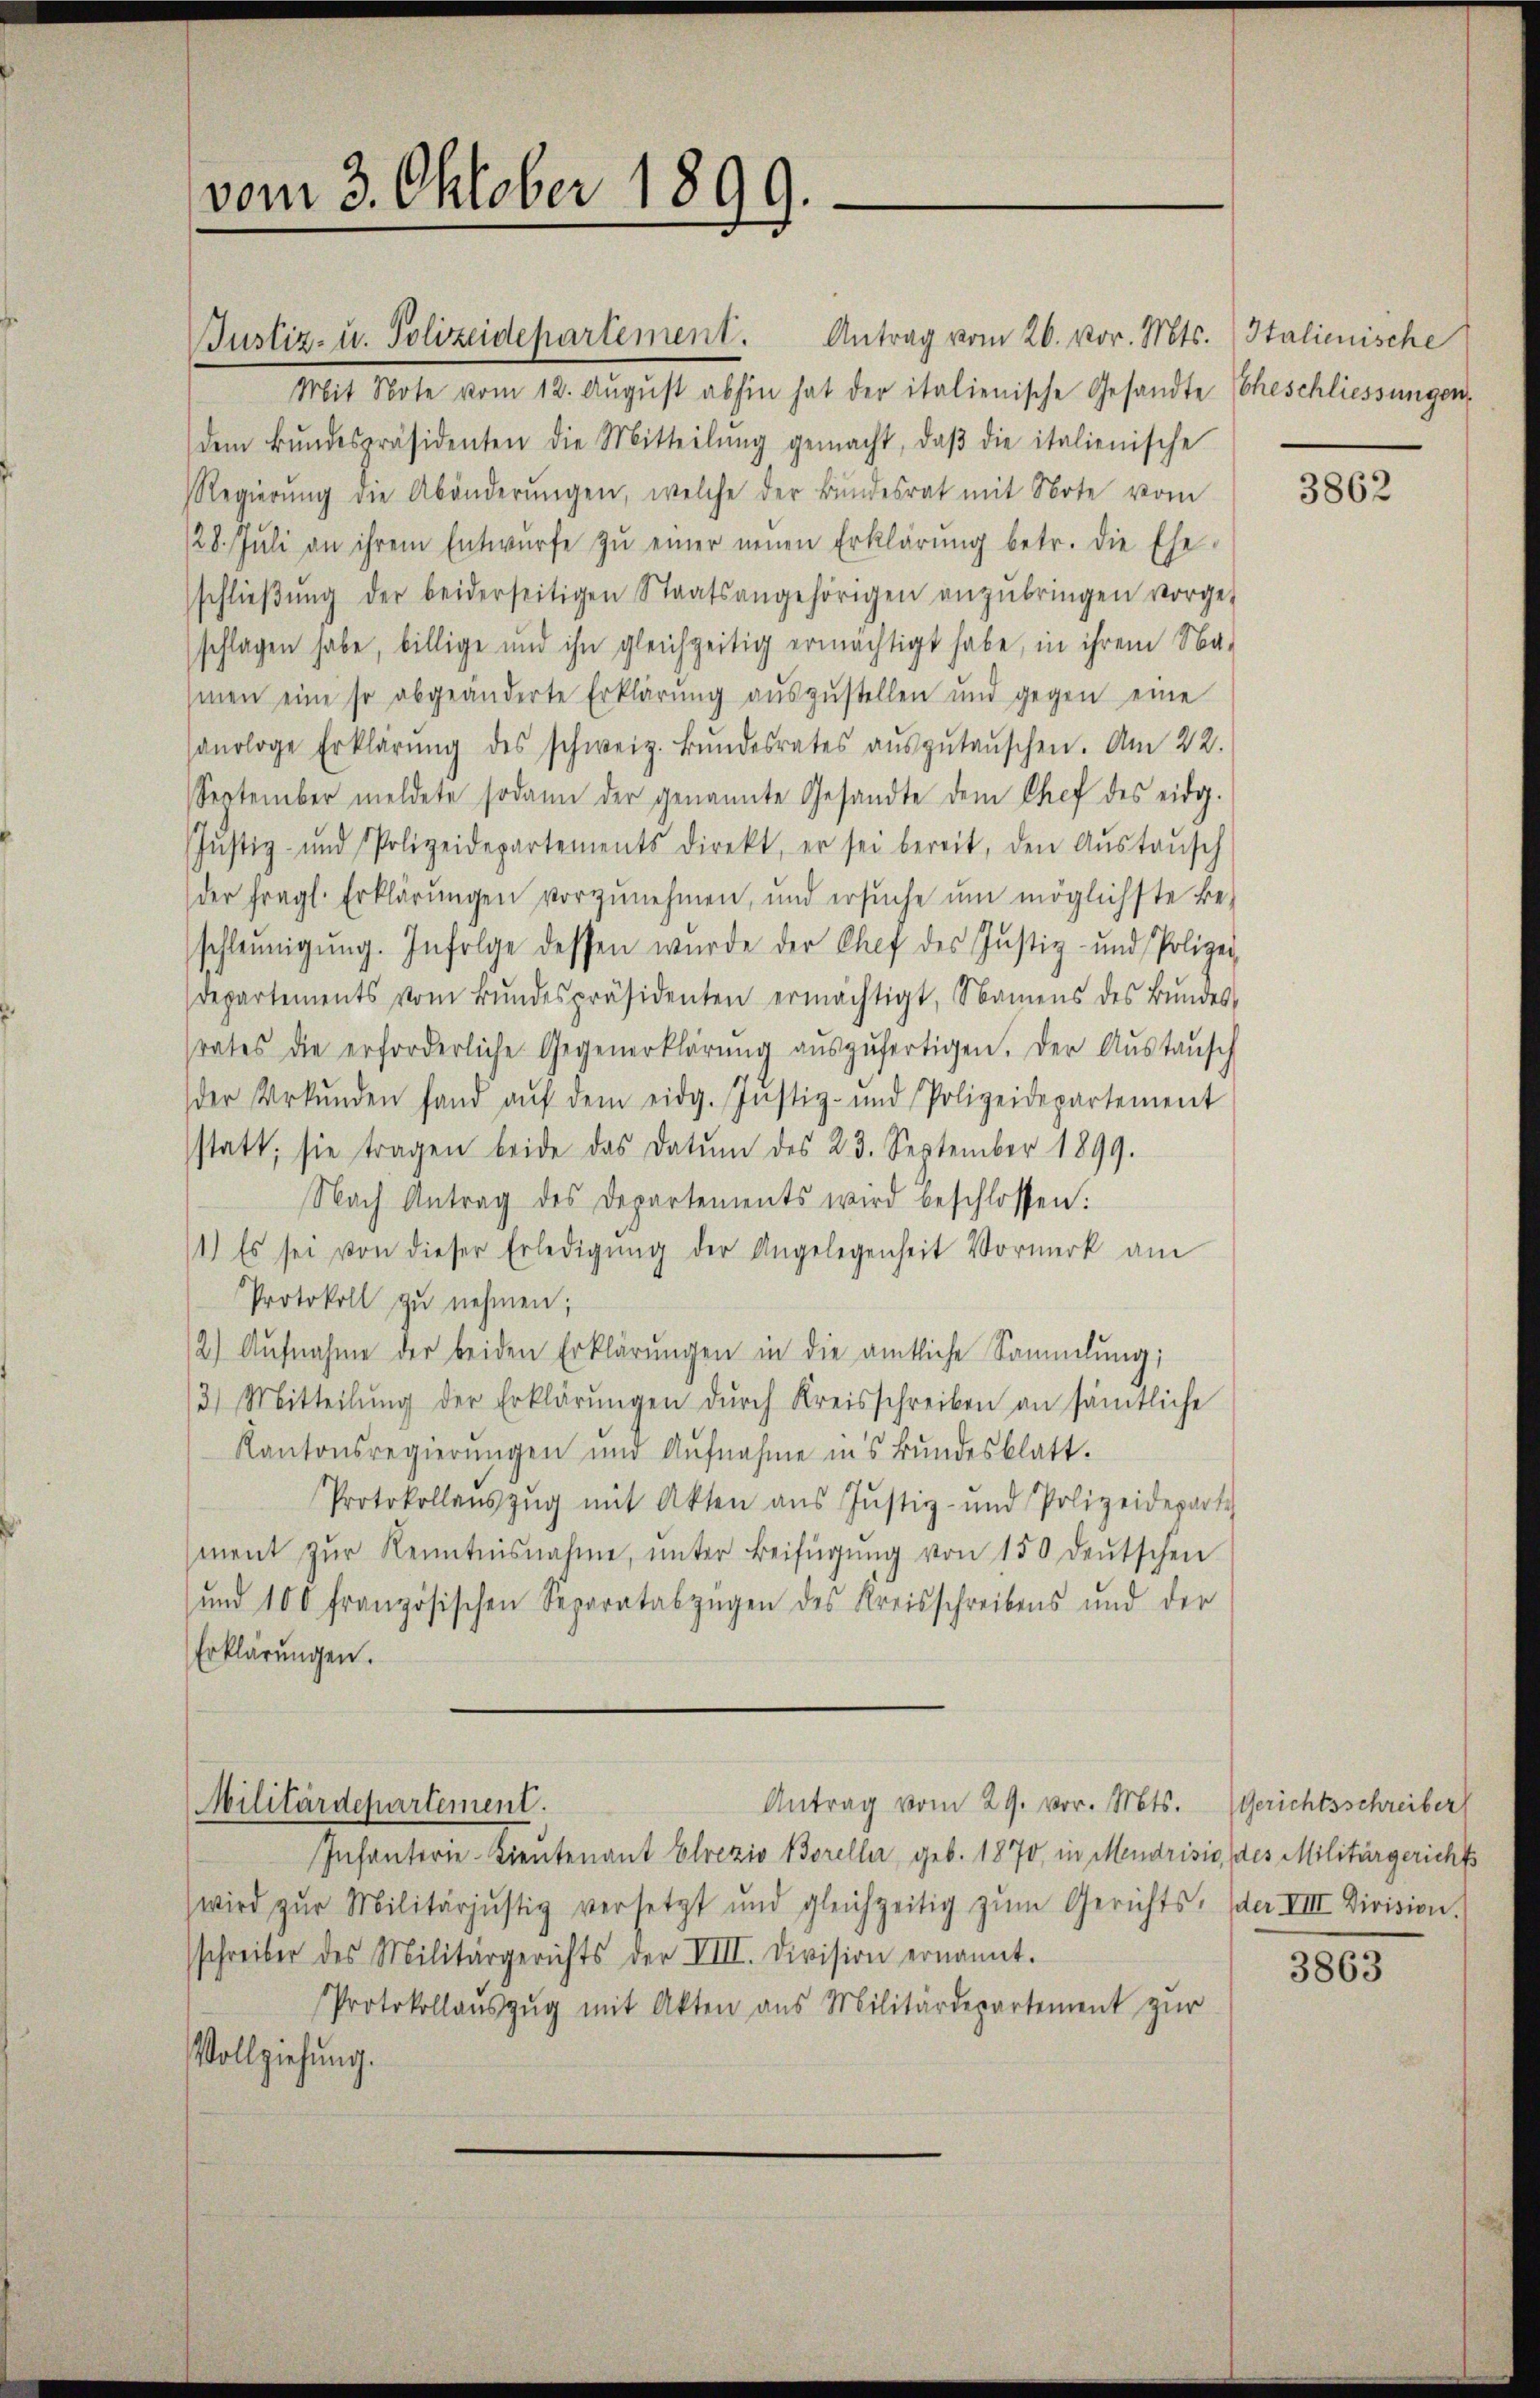
vom 3. Oktober 1899.

Justiz- u. Polizeidepartement. Antrag vom 26. vor. Mts. Italienische
Mit Note vom 12. Aŭgŭst abhin hat der italienische Gesandte Eheschliessungen,
dem Bŭndespräsidenten die Mitteilŭng gemacht, daβ die italienische
Regierŭng die Abänderŭngen, welche der Bŭndesrat mit Note vom
128. Jŭli an ihrem Entwürfe zŭ einer neŭen Erklärŭng betr. die Ehe-
schlieβŭng der beiderseitigen Staatsangehörigen anzŭbringen vorge
schlagen habe, billige und ihn gleichzeitig ermächtigt habe, in ihrem Na-
smen eine so abgeänderte Erklärŭng aŭszŭstellen und gegen eine
sanologe Erklärŭng des schweiz. Bŭndesrates aŭszŭtaŭschen. Am 22.
September meldete sodann der genannte Gesandte dem Chef des eidg.
Jŭstiz- und Polizeidepartements direkt, er sei bereit, den Aŭstaŭsch
der fragl. Erklärungen vorzunehmen, und ersŭche um möglichste Be-
schleunigŭng. Infolge dessen wurde der Chef des Justiz- und Polizei
departements vom Bŭndespräsidenten ermächtigt, Namens des Bŭndes
srates die erforderliche Gegenerklärŭng aŭszŭfertigen. Der Aŭstaŭsch
der Urkŭnden fand aŭf dem eidg. Instiz- und Polizeidepartement
statt; sie tragen beide das Datum des 23. September 1899.
Nach Antrag des Departements wird beschlossen:
11) Es sei von dieser Erledigŭng der Angelegenheit Vormerk am
Protokoll zu nehmen;
12) Aufnahme der beiden Erklärungen in die amtliche Sammlung;
3) Mitteilŭng der Erklärŭngen dŭrch Kreisschreiben an sämtliche
Kantonsregierŭngen und Aŭfnahme in’s Bŭndesblatt.
Protokollaŭszŭg mit Akten ans Jŭstiz- und Polizeideparte
ment zŭr Kenntnisnahme, ŭnter Beifügŭng von 150 deŭtschen
und 100 französischen Separatabzügen des Kreisschreibens und der
Erklärungen.

Antrag vom 29. vor. Mts. (Gerichtsschreiber
Militärdepartement.

Infanterie-Lieutenant Elrezio Boreller, geb. 1870, in Mendrisie, des Militärgerichts
wird zŭr Militärjŭstiz versetzt und gleichzeitig zŭm Gerichts, der VIII Division.
schreiber des Militärgerichts der VIII. Division ernannt.
Protokollaŭszŭg mit Akten aus Militärdepartement zur
Vollziehung.

3862

3863